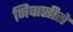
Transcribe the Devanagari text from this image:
निवासीसे